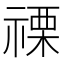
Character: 𮂌